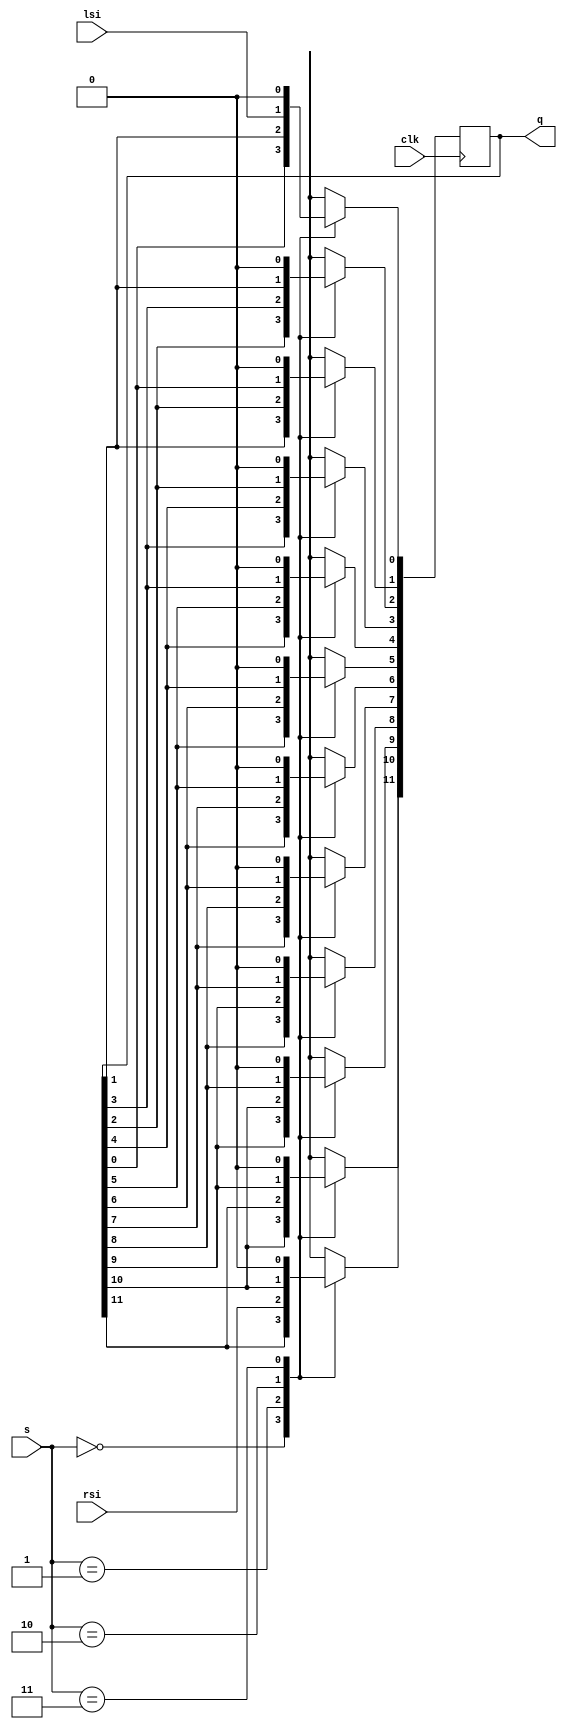
module pong12(rsi, lsi, s, clk, q);
	input [1:0] s;
	input rsi, lsi, clk;
	output reg [11:0] q;
	
	always @(posedge clk)
		begin
		case (s)
		2'b00:
		begin
			q[11] <= q[11];
			q[10] <= q[10];
			q[9] <= q[9];
			q[8] <= q[8];
			q[7] <= q[7];
			q[6] <= q[6];
			q[5] <= q[5];
			q[4] <= q[4];
			q[3] <= q[3];
			q[2] <= q[2];
			q[1] <= q[1];
			q[0] <= q[0];
		end
		2'b01:
		begin
			q[11] <= rsi;
			q[10] <= q[11];
			q[9] <= q[10];
			q[8] <= q[9];
			q[7] <= q[8];
			q[6] <= q[7];
			q[5] <= q[6];
			q[4] <= q[5];
			q[3] <= q[4];
			q[2] <= q[3];
			q[1] <= q[2];
			q[0] <= q[1];
		end
		2'b10:
		begin
			q[11] <= q[10];
			q[10] <= q[9];
			q[9] <= q[8];
			q[8] <= q[7];
			q[7] <= q[6];
			q[6] <= q[5];
			q[5] <= q[4];
			q[4] <= q[3];
			q[3] <= q[2];
			q[2] <= q[1];
			q[1] <= q[0];
			q[0] <= lsi;
		end
		2'b11:
		begin
			q[11] <= 0;
			q[10] <= 0;
			q[9] <= 0;
			q[8] <= 0;
			q[7] <= 0;
			q[6] <= 0;
			q[5] <= 0;
			q[4] <= 0;
			q[3] <= 0;
			q[2] <= 0;
			q[1] <= 0;
			q[0] <= 0;
		end
		endcase
		end
endmodule